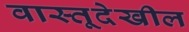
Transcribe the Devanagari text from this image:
वास्तूदेखील